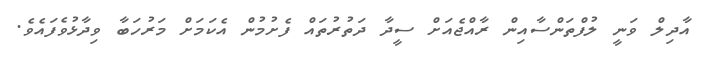
އާދިލް ވަނީ ލުފްތަންސާއިން ރާއްޖެއަށް ސީދާ ދަތުރުތައް ފެށުމުން އެކަމަށް މަރުހަބާ ވިދާޅުވެފައެވެ.